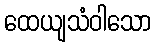
ထေယျသံဝါသော